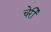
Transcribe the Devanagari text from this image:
चेर्री